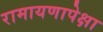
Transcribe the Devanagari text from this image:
रामायणापेक्षा